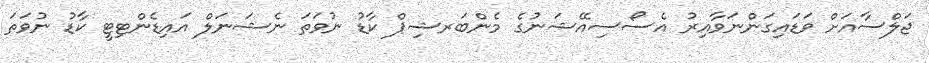
ޖަލްސާއަށް ވަޑައިގަންނަވާއިރު އެސޯސިއޭޝަނުގެ މެންބަރޝިޕް ކާޑު ނުވަތަ ނެޝަނަލް އައިޑެންޓިޓީ ކާޑު ނުވަތަ